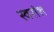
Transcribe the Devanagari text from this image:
स्वरांश